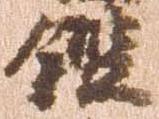
鑑